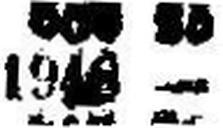
1948 —